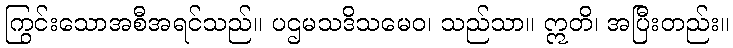
ကြွင်းသောအစီအရင်သည်။ ပဌမသဒိသမေဝ၊ သည်သာ။ ဣတိ၊ အပြီးတည်း။